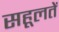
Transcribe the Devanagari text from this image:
सहूलतें